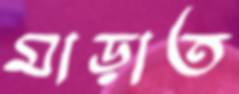
মাড়াত